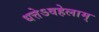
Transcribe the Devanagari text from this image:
धत्तेऽवहेलाम्